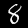
Label: 8